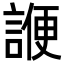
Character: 𬢷